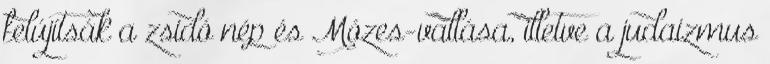
felújítsák a zsidó nép és Mózes-vallása, illetve a judaizmus